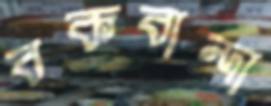
বকবান্দা